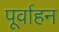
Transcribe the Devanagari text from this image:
पूर्वाहन